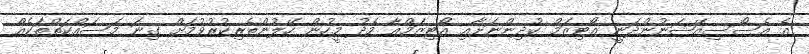
އެ އެސޯސިއޭޝަނުންދަނީ އޯޓިޒަމް ކުދިންނަށާއި އޯޓިޒަމްއާ މެދު މީހުން ހޭލުންތެރިކުރުވުމަށް ގިނަ މަސައްކަތްތަކެއް